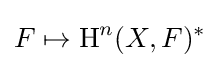
F\mapsto \operatorname {H} ^{n}(X,F)^{*}